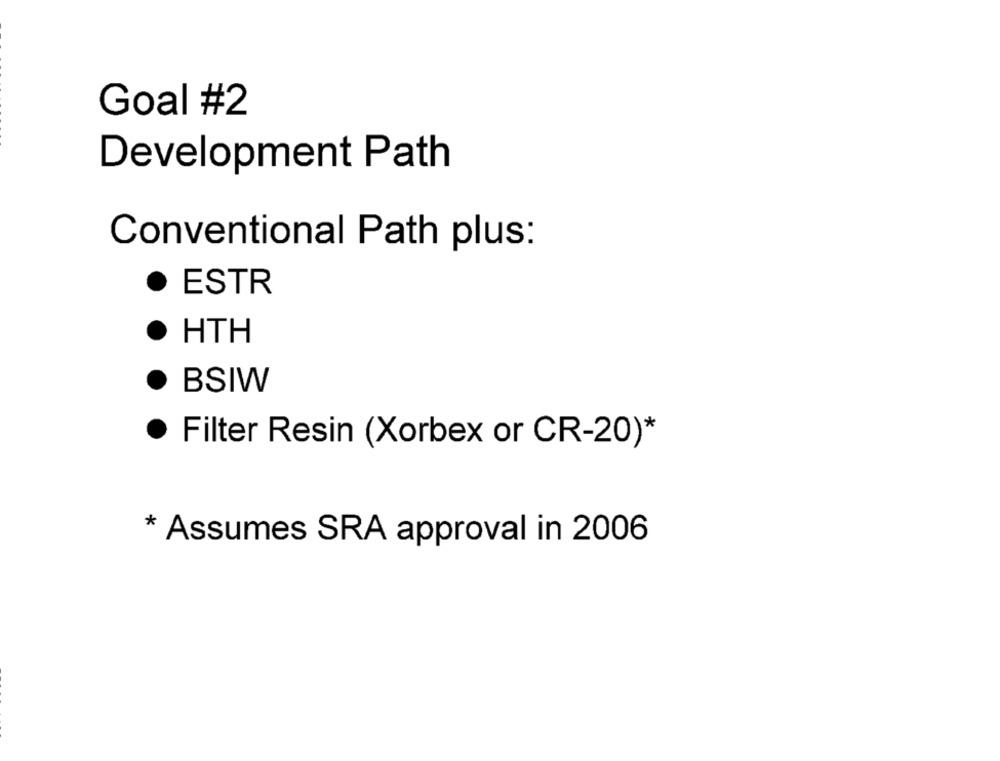
Goal #2
Development Path
Conventional Path plus:
ESTR
HTH
· BSIW
· Filter Resin (Xorbex or CR-20)*
* Assumes SRA approval in 2006